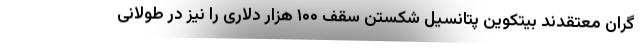
گران معتقدند بیتکوین پتانسیل شکستن سقف ۱۰۰ هزار دلاری را نیز در طولانی